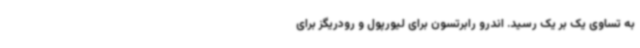
به تساوی یک بر یک رسید. اندرو رابرتسون برای لیورپول و رودریگز برای